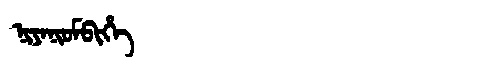
Manchu: ᠨᡳᠶᠠᠨᡳᠣᠮᠪᡳᡥᡝ
Romanization: NIYANIOMBIHE